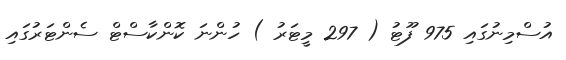
އުސްމިނުގައި 975 ފޫޓު ( 297 މީޓަރު ) ހުންނަ ކޮންކާސްޓް ސެންޓަރުގައި